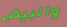
والبيض